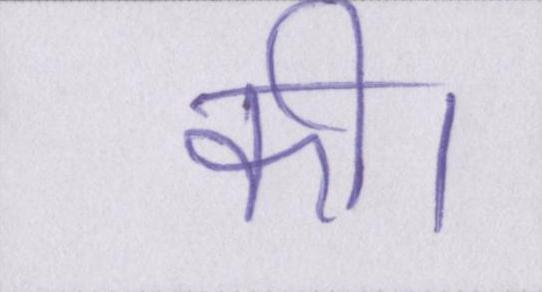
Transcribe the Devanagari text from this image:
की।